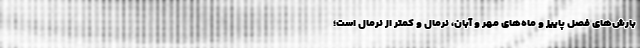
بارش‌های فصل پاییز و ماه‌های مهر و آبان، نرمال و کمتر از نرمال است؛